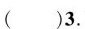
（）3.